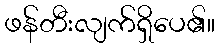
ဖန်တီးလျက်ရှိပေ၏။